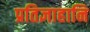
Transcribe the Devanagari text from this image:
प्रतिज्ञाहानि